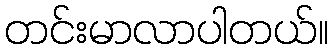
တင်းမာလာပါတယ်။